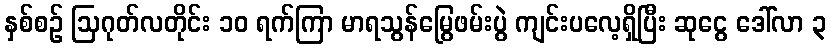
နှစ်စဉ် ဩဂုတ်လတိုင်း ၁၀ ရက်ကြာ မာရသွန်မြွေဖမ်းပွဲ ကျင်းပလေ့ရှိပြီး ဆုငွေ ဒေါ်လာ ၃